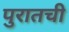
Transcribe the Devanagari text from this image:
पुरातची